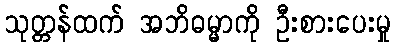
သုတ္တန်ထက် အဘိဓမ္မာကို ဦးစားပေးမှု